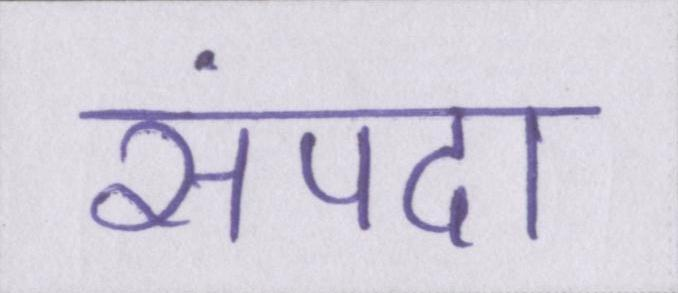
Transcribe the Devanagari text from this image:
संपदा